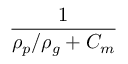
\frac { 1 } { \rho _ { p } / \rho _ { g } + C _ { m } }